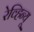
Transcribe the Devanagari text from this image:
रेव्हिन्यू